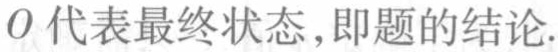
\(O\)代表最终状态，即题的结论.